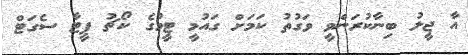
އާ ޖީލު ބިނާކުރަންވީ ވަގުތު ކަމަށް ގައުމީ ޓީމުގެ ކޯޗު ޕީޓާ ސެގަޓް